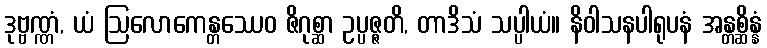
ဒုဗ္ဗဏ္ဏံ, ယံ ဩလောကေန္တဿေဝ ဇိဂုစ္ဆာ ဥပ္ပဇ္ဇတိ, တာဒိသံ သပ္ပါယံ။ နိဝါသနပါရုပနံ အန္တစ္ဆိန္နံ